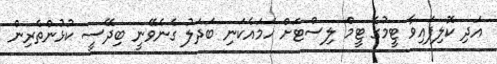
އަދި ކޮލިފައިވާ ޓީމުގެ ޓީމް ލިސްޓަށް ހަމައެކަނި ބަދަލު ގެނެވޭނީ ބިދޭސީ ކުޅުންތެރިން